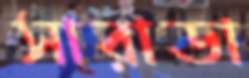
সারাডা